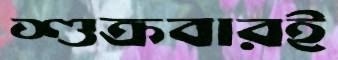
শুক্রবারই